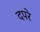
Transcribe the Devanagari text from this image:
दपरे